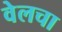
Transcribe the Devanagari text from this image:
वेलचा